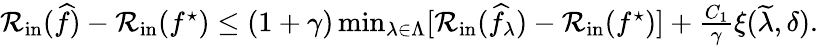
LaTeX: \begin{array}{r}{\mathcal{R}_{\mathrm{in}}(\widehat{f})-\mathcal{R}_{\mathrm{in}}(f^{\star})\leq(1+\gamma)\operatorname*{min}_{\lambda\in\Lambda}[\mathcal{R}_{\mathrm{in}}(\widehat{f}_{\lambda})-\mathcal{R}_{\mathrm{in}}(f^{\star})]+\frac{C_{1}}{\gamma}\xi(\widetilde{\lambda},\delta).}\end{array}